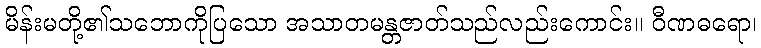
မိန်းမတို့၏သဘောကိုပြသော အသာတမန္တဇာတ်သည်လည်းကောင်း။ ဝီဏဓရော၊